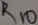
Text: R10